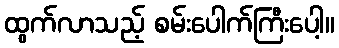
ထွက်လာသည့် စမ်းပေါက်ကြီးပေါ့။